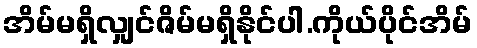
အိမ်မရှိလျှင်ဇိမ်မရှိနိုင်ပါ.ကိုယ်ပိုင်အိမ်